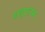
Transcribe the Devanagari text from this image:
सद्दाराम